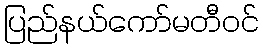
ပြည်နယ်ကော်မတီဝင်